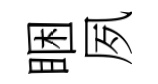
睏夙